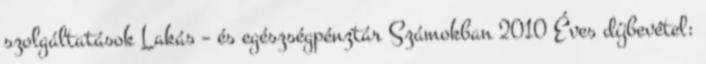
szolgáltatások Lakás – és egészségpénztár Számokban 2010 Éves díjbevétel: